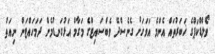
ވޯލްޑްކަޕްގެ ޚަބަރުތައް އެންމެ އަވަހަށް ގެނެސްދޭ ވެބްސައިޓްގެ މަގާމް އަޅުގަނޑުމެން ދަމަހައްޓަން ނިއަތް